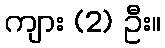
ကျား (2) ဦး။